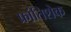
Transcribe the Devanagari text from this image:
फ्रांतिशेक